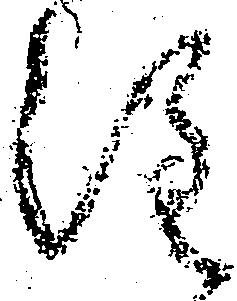
注